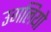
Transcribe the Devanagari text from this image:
उगलियो